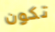
تكون